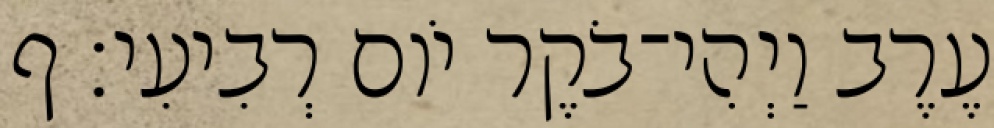
עֶרֶב וַיְהִי־בֹקֶר יֹום רְבִיעִי׃ ף